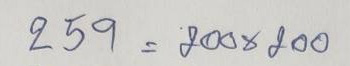
259 = 200 x 200